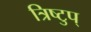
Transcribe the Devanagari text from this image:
त्रिष्टुप्‌